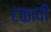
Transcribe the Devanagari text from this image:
टळावी